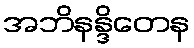
အဘိနန္ဒိတေန